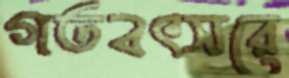
গতবৎসরে